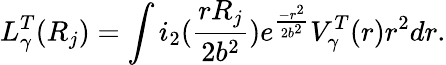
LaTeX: L_{\gamma}^{T}(R_{j})=\int i_{2}(\frac{rR_{j}}{2b^{2}})e^{\frac{-r^{2}}{2b^{2}}}V_{\gamma}^{T}(r)r^{2}dr.